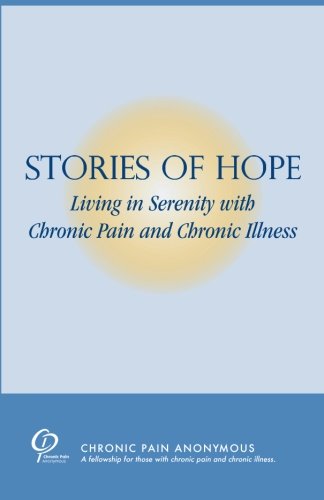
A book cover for Stories of Hope: Living in serenity with chronic pain and chronic illness; Chronic Pain Anonymous Service Board; Health, Fitness & Dieting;